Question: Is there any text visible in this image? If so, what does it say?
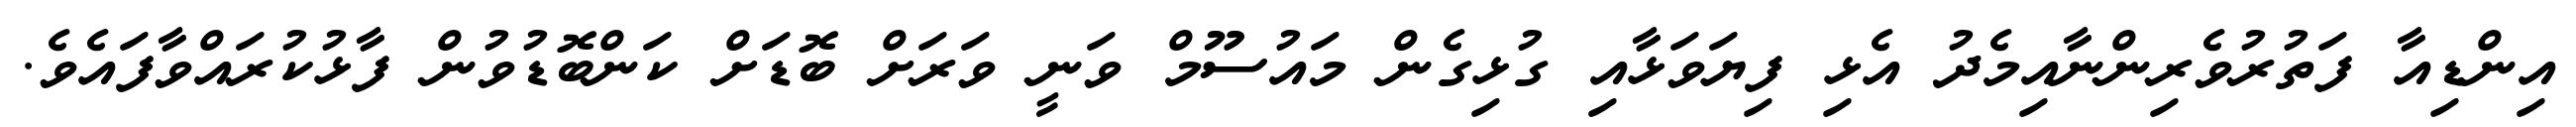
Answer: އިންޑިއާ ފަތުރުވެރިންނާއިމެދު އެޅި ފިޔަވަޅާއި ގުޅިގެން މައުސޫމް ވަނީ ވަރަށް ބޮޑަށް ކަންބޮޑުވުން ފާޅުކުރައްވާފައެވެ.